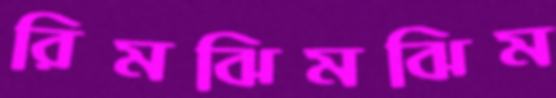
রিমঝিমঝিম